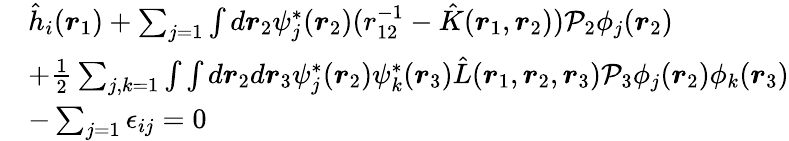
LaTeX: \begin{array}{rl}&{\hat{h}_{i}(\boldsymbol{r}_{1})+\sum_{j=1}\int d\boldsymbol{r}_{2}\psi_{j}^{*}(\boldsymbol{r}_{2})(r_{12}^{-1}-\hat{K}(\boldsymbol{r}_{1},\boldsymbol{r}_{2}))\mathcal{P}_{2}\phi_{j}(\boldsymbol{r}_{2})}\\ &{+\frac{1}{2}\sum_{j,k=1}\int\int d\boldsymbol{r}_{2}d\boldsymbol{r}_{3}\psi_{j}^{*}(\boldsymbol{r}_{2})\psi_{k}^{*}(\boldsymbol{r}_{3})\hat{L}(\boldsymbol{r}_{1},\boldsymbol{r}_{2},\boldsymbol{r}_{3})\mathcal{P}_{3}\phi_{j}(\boldsymbol{r}_{2})\phi_{k}(\boldsymbol{r}_{3})}\\ &{-\sum_{j=1}\epsilon_{ij}=0}\end{array}